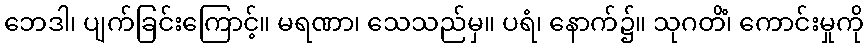
ဘေဒါ၊ ပျက်ခြင်းကြောင့်။ မရဏာ၊ သေသည်မှ။ ပရံ၊ နောက်၌။ သုဂတိံ၊ ကောင်းမှုကို